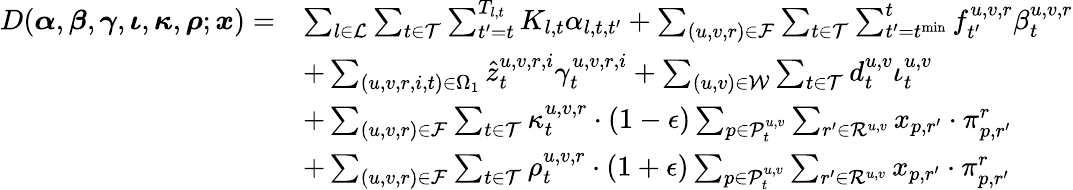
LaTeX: \begin{array}{rl}{D(\boldsymbol{\alpha},\boldsymbol{\beta},\boldsymbol{\gamma},\boldsymbol{\iota},\boldsymbol{\kappa},\boldsymbol{\rho};\boldsymbol{x})=}&{\sum_{l\in\mathcal{L}}\sum_{t\in\mathcal{T}}\sum_{t^{\prime}=t}^{T_{l,t}}K_{l,t}\alpha_{l,t,t^{\prime}}+\sum_{(u,v,r)\in\mathcal{F}}\sum_{t\in\mathcal{T}}\sum_{t^{\prime}=t^{\mathrm{min}}}^{t}f_{t^{\prime}}^{u,v,r}\beta_{t}^{u,v,r}}\\ &{+\sum_{(u,v,r,i,t)\in\Omega_{1}}\hat{z}_{t}^{u,v,r,i}\gamma_{t}^{u,v,r,i}+\sum_{(u,v)\in\mathcal{W}}\sum_{t\in\mathcal{T}}d_{t}^{u,v}\iota_{t}^{u,v}}\\ &{+\sum_{(u,v,r)\in\mathcal{F}}\sum_{t\in\mathcal{T}}\kappa_{t}^{u,v,r}\cdot(1-\epsilon)\sum_{p\in\mathcal{P}_{t}^{u,v}}\sum_{r^{\prime}\in\mathcal{R}^{u,v}}x_{p,r^{\prime}}\cdot\pi_{p,r^{\prime}}^{r}}\\ &{+\sum_{(u,v,r)\in\mathcal{F}}\sum_{t\in\mathcal{T}}\rho_{t}^{u,v,r}\cdot(1+\epsilon)\sum_{p\in\mathcal{P}_{t}^{u,v}}\sum_{r^{\prime}\in\mathcal{R}^{u,v}}x_{p,r^{\prime}}\cdot\pi_{p,r^{\prime}}^{r}}\end{array}